system: You are a helpful assistant.
user:
Analyze the provided spectrum to determine if it is a **S-type Star**.

- **Key Indicators for S-type Star:**

    - **(Overall Spectrum Shape):** The first and most obvious characteristic is the overall continuum (the "baseline" shape). It is **extremely "red-sloping,"** meaning the flux (light intensity) is very low on the left side (blue, ~4000-4500 Å) and rises steeply and continuously toward the right side (red, ~7000 Å+).

    - **(Primary):** The spectrum is defined by the presence of strong, broad molecular absorption "valleys" (bands) from **Zirconium Oxide (ZrO)**. The identification of these bands is the **primary requirement** for classifying a star as S-type.
        - **(Key Bandheads):** You must find distinct, deep "dips" where the light has been absorbed. The most critical band systems to locate are:
            - **~6474 Å** ($\gamma$-system): This is often the strongest and clearest ZrO feature, found in the red part of the spectrum.
            - **~5718 Å** & **~5551 Å** ($\beta$-system): A pair of prominent absorption features in the yellow-orange part of the spectrum.
            - **~4640 Å** ($\alpha$-system): A key absorption band system in the blue-green region of the spectrum.

    - **(Secondary Confirmation):** The classification is strengthened by finding additional absorption bands from other related heavy element oxides, which are expected to be present alongside ZrO.
        - **(Key Bandheads):**
            - **Yttrium Oxide (YO):** Look for absorption dips near **~4800 Å** and **~6100 Å**.
            - **Lanthanum Oxide (LaO):** Additional absorption features, particularly in the red-orange part of the spectrum, are also characteristic.

    - **(Line Profile):** The combination of the steep red continuum and these numerous, deep molecular bands (ZrO, YO, etc.) gives the entire spectrum a very **"chopped-up"** or **"bumpy"** appearance. Instead of a smooth curve, the spectrum looks as though large, wide chunks of light have been "carved out" of it at the specific wavelengths listed above.

Think first, call **spectral_visualization_tool** if needed to examine features in detail, then provide your final answer. Your response must adhere to the following strict rules:
1.  **Overall Structure:** Your response must follow the format `<think>...</think> <tool_call>...</tool_call> (if a tool is used) <answer>...</answer>`.
2.  **Tool Usage Constraint:** You may only make **one** tool call per turn.
3.  **Final Answer Format:** In the `<answer>` tag, your conclusion must be inside a `\boxed{}` command (e.g., `\boxed{YES}` or `\boxed{NO}`), followed by your justification.

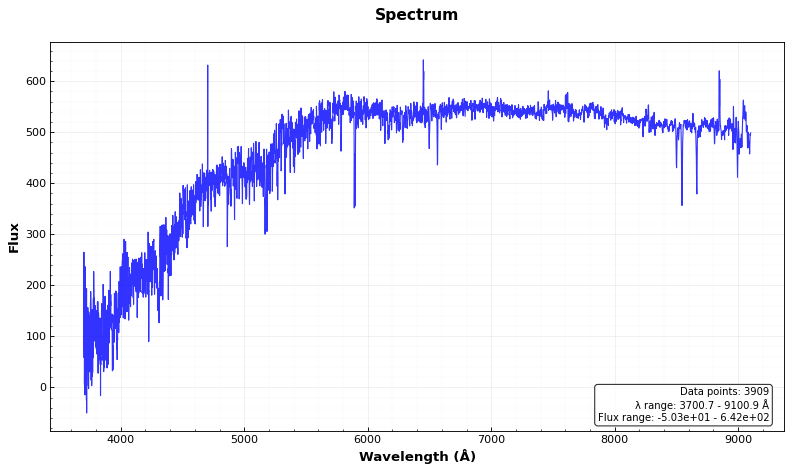
Answer: NO